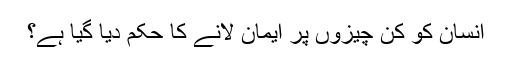
انسان کو کن چیزوں پر ایمان لانے کا حکم دیا گیا ہے؟